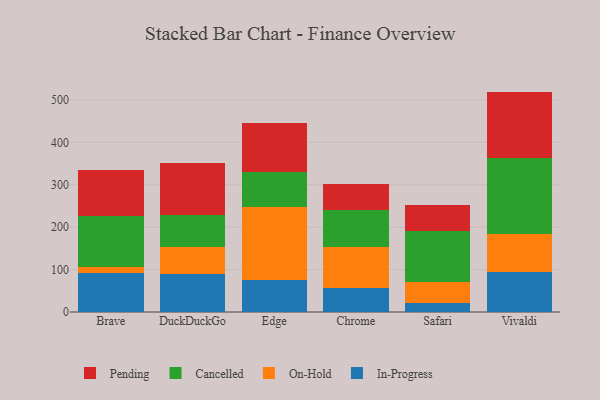
{"axis": {"x": "Browser", "y": "Headcount"}, "legend": ["Cancelled", "In-Progress", "On-Hold", "Pending"], "data": [{"x": "Brave", "y": 91.6, "type": "In-Progress"}, {"x": "Brave", "y": 15.1, "type": "On-Hold"}, {"x": "Brave", "y": 119.9, "type": "Cancelled"}, {"x": "Brave", "y": 108.4, "type": "Pending"}, {"x": "DuckDuckGo", "y": 89.5, "type": "In-Progress"}, {"x": "DuckDuckGo", "y": 62.6, "type": "On-Hold"}, {"x": "DuckDuckGo", "y": 75.4, "type": "Cancelled"}, {"x": "DuckDuckGo", "y": 123.6, "type": "Pending"}, {"x": "Edge", "y": 74.9, "type": "In-Progress"}, {"x": "Edge", "y": 173.0, "type": "On-Hold"}, {"x": "Edge", "y": 82.9, "type": "Cancelled"}, {"x": "Edge", "y": 113.8, "type": "Pending"}, {"x": "Chrome", "y": 57.3, "type": "In-Progress"}, {"x": "Chrome", "y": 95.3, "type": "On-Hold"}, {"x": "Chrome", "y": 87.0, "type": "Cancelled"}, {"x": "Chrome", "y": 61.3, "type": "Pending"}, {"x": "Safari", "y": 20.5, "type": "In-Progress"}, {"x": "Safari", "y": 50.5, "type": "On-Hold"}, {"x": "Safari", "y": 119.3, "type": "Cancelled"}, {"x": "Safari", "y": 62.0, "type": "Pending"}, {"x": "Vivaldi", "y": 94.9, "type": "In-Progress"}, {"x": "Vivaldi", "y": 88.8, "type": "On-Hold"}, {"x": "Vivaldi", "y": 178.6, "type": "Cancelled"}, {"x": "Vivaldi", "y": 157.2, "type": "Pending"}]}